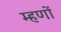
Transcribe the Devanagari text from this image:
म्हणों